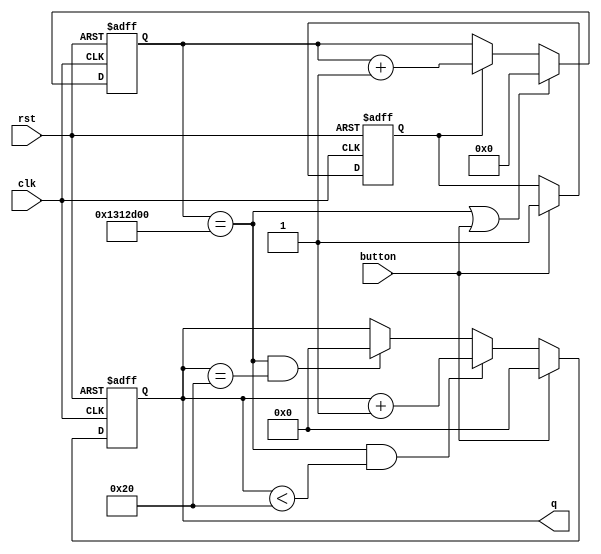
module timer(
    input wire clk,rst,button,
    output reg[7:0] q
    );
    
reg [24:0]cnt;
wire cnt_end =(cnt==25'd20000000);                  //0/20000000
reg flag;

always @(posedge clk or posedge rst)
begin
if(rst) flag =1'b0;
else if(button) flag =1'b1;
end

always @(posedge clk or posedge rst)begin
if (rst) cnt<=25'd0;
else if (cnt_end|button) cnt<=25'd0;
else if(flag)cnt<=cnt+25'd1;
else cnt<=cnt;
end

always @(posedge clk or posedge rst)
begin
if(rst) q<=8'b0;
else if(button) q<=8'b0;
else if(cnt_end & (q<8'd32)) q<=q+8'b1;
else if(cnt_end & (q==8'd32))q<=0;
end

endmodule